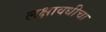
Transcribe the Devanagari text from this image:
लक्षावधीचा